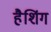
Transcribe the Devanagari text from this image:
हैशिंग